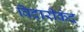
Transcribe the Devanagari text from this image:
विदारीकंद